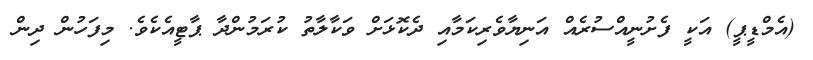
(އެމްޑީޕީ) އަކީ ފެށުނީއްސުރެއް އަނިޔާވެރިކަމާއި ދެކޮޅަށް ވަކާލާތު ކުރަމުންދާ ޕާޓީއެކެވެ. މިފަހުން ދިން